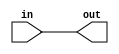
module zk_stmt_arith(out, in);

output out;
input in;

assign out = in;

endmodule